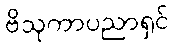
ဗိသုကာပညာရှင်